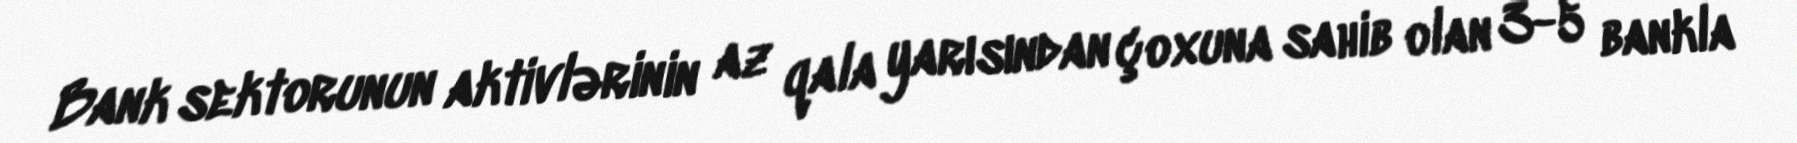
Bank sektorunun aktivlərinin az qala yarısından çoxuna sahib olan 3-5 bankla